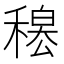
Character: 𥡊